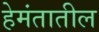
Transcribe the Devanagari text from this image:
हेमंतातील